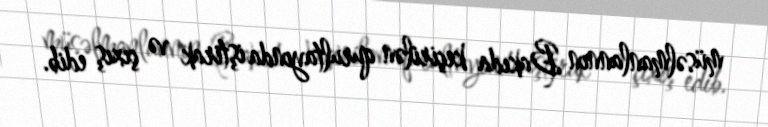
müsəlmanlannın Bakıda keçirilən qurultayında iştirak və çıxış edib.